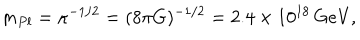
m _ { P l } = \kappa ^ { - 1 / 2 } = ( 8 \pi G ) ^ { - 1 / 2 } = 2 . 4 \times 1 0 ^ { 1 8 } \, \mathrm { G e V } ,